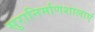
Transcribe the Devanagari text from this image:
सुरानिर्माणशालाएं